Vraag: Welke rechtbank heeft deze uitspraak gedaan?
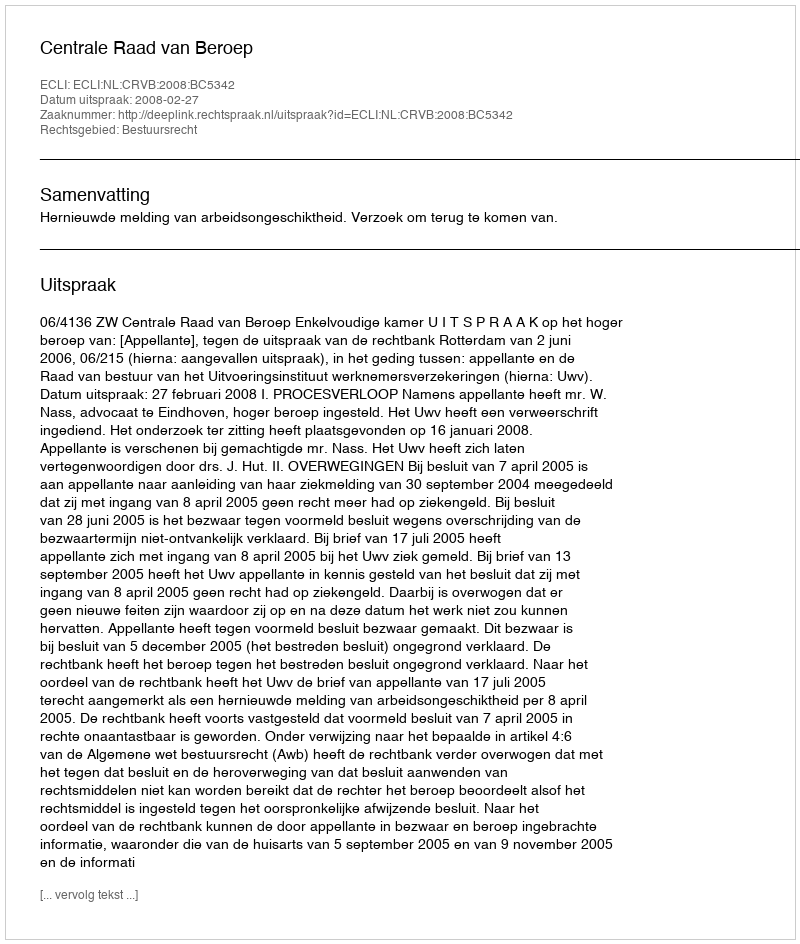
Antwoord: Centrale Raad van Beroep